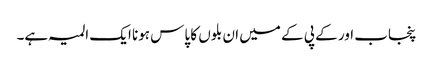
پنجاب اور کے پی کے میں ان بلوں کا پاس ہونا ایک المیہ ہے۔